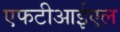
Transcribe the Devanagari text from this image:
एफटीआईएल